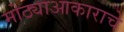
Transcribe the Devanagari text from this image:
मोठ्याआकाराचे